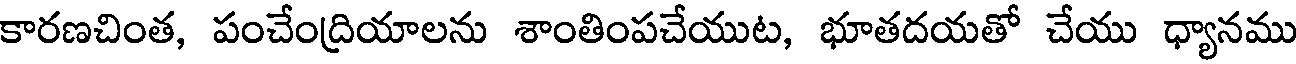
కారణచింత, పంచేంద్రియాలను శాంతింపచేయుట, భూతదయతో చేయు ధ్యానము